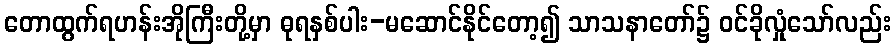
တောထွက်ရဟန်းအိုကြီးတို့မှာ ဓုရနှစ်ပါး-မဆောင်နိုင်တော့၍ သာသနာတော်၌ ဝင်ခိုလှုံသော်လည်း